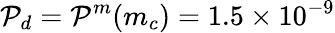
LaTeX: \mathcal{P}_{d}=\mathcal{P}^{m}(m_{c})=1.5\times 10^{-9}